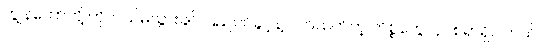
ကျွန်တော်တို့ ဟိုတယ်မသွားခင် ပြည်ဝင်ခွင့်နဲ့ ပတ်သက်တဲ့ ကိစ္စတွေလုပ်စရာရှိပါတယ်။